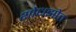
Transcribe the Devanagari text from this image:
शोधझोत